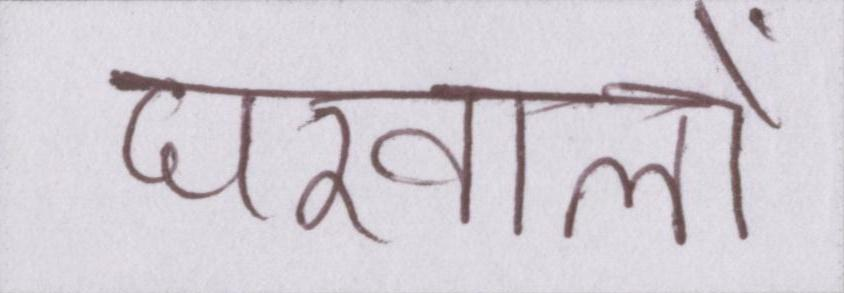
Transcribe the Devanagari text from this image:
घरवालों